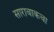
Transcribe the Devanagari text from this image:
सारावाकचा